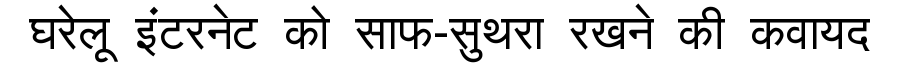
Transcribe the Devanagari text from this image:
घरेलू इंटरनेट को साफ-सुथरा रखने की कवायद